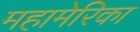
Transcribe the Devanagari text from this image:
महामेरिका